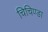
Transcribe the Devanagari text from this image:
चिचिण्डा